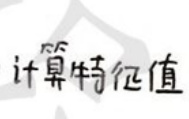
计算特征值